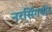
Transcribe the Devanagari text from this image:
नरसिंगवीर